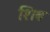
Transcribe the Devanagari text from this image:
शिब